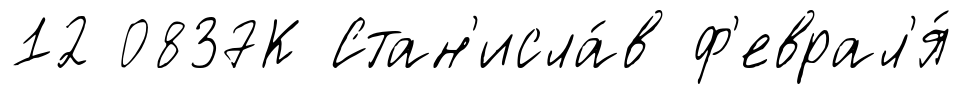
12 0837К Стан'исла́в ф'еврал'я́